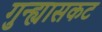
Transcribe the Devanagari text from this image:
गुन्ह्यासकट